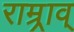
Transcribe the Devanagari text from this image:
राम्र्राव्